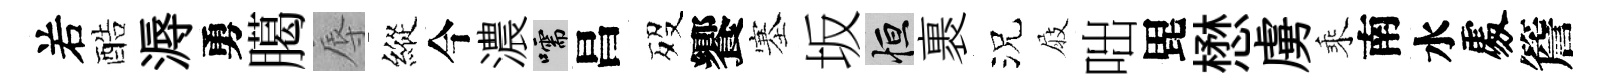
𠰥酷溽勇臈辱縱今濃嚅昌歿饗塞坂恒裹況屐咄毘懋虜乘南水𠁅簷